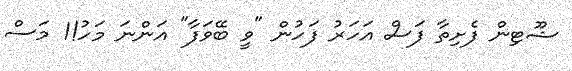
ޝޫޓިން ފެށިތާ ފަސް އަހަރު ފަހުން "ވީ ބޭވަފާ" އަންނަ މަހު!1 މަސް